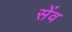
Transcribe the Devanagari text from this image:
सेंव